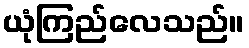
ယုံကြည်လေသည်။